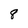
Character: 8